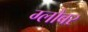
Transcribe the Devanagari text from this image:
ग्लौबर